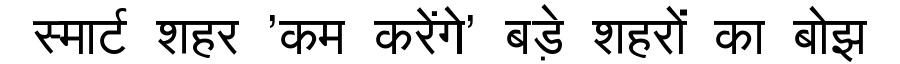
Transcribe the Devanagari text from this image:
स्मार्ट शहर 'कम करेंगे' बड़े शहरों का बोझ